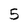
Character: 5